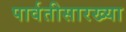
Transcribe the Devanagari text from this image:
पार्वतीसारख्या